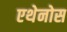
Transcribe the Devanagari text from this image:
एथेनोस